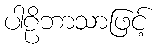
ပါဠိဘာသာဖြင့်